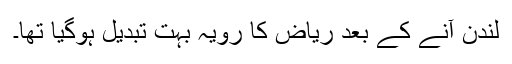
لندن آنے کے بعد ریاض کا رویہ بہت تبدیل ہوگیا تھا۔